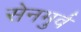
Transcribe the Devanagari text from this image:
सेनमुर्व